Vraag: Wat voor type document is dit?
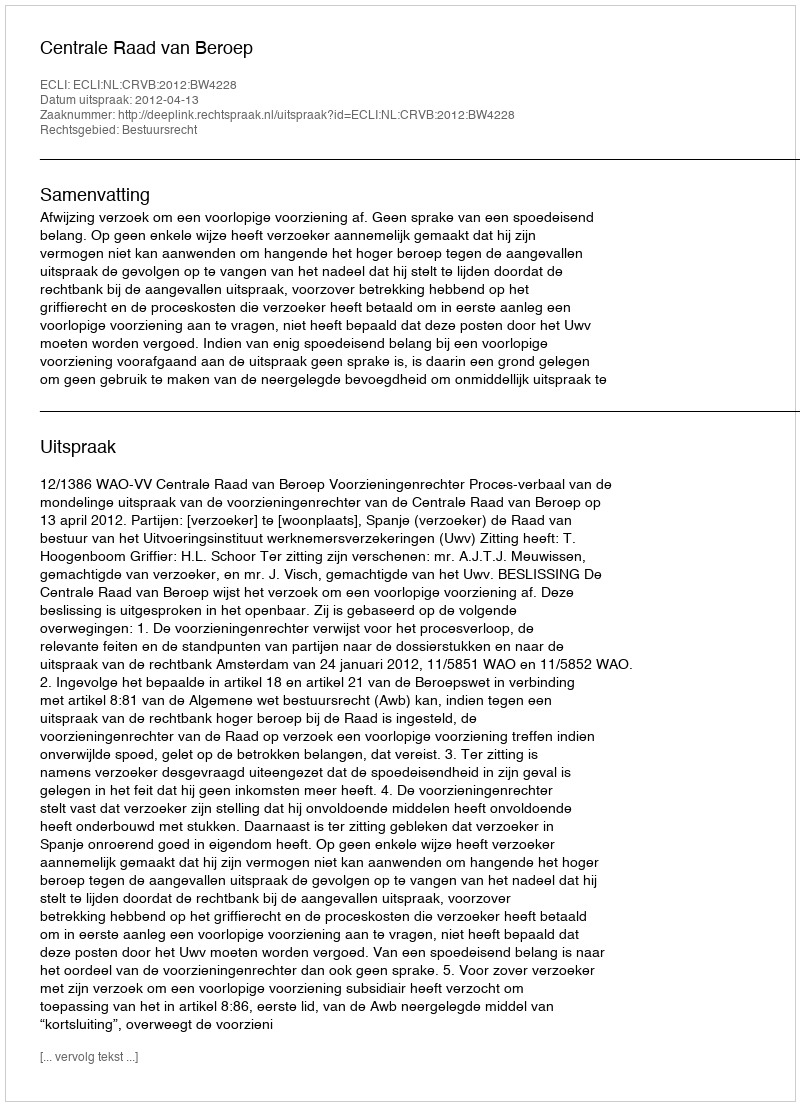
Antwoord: Uitspraak